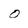
Character: o